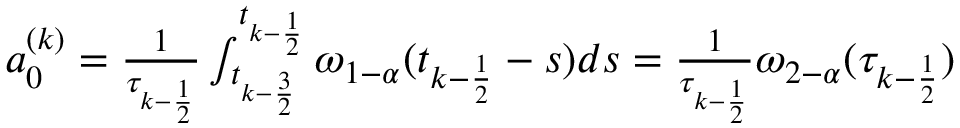
\begin{array} { r } { a _ { 0 } ^ { ( k ) } = \frac { 1 } { \tau _ { k - \frac { 1 } { 2 } } } \int _ { t _ { k - \frac { 3 } { 2 } } } ^ { t _ { k - \frac { 1 } { 2 } } } \omega _ { 1 - \alpha } ( t _ { k - \frac { 1 } { 2 } } - s ) d s = \frac { 1 } { \tau _ { k - \frac { 1 } { 2 } } } \omega _ { 2 - \alpha } ( \tau _ { k - \frac { 1 } { 2 } } ) } \end{array}